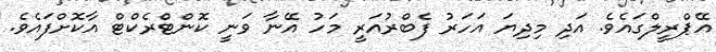
އޭޕްރީލްގައެވެ. އަދި މިދިޔަ އަހަރު ފެބްރުއަރީ މަހު އޭނާ ވަނީ ކޮންޓްރެކްޓް އާކޮށްފައެވެ.